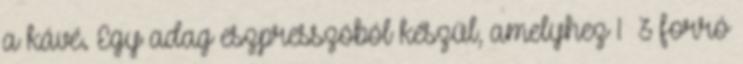
a kávé. Egy adag eszpresszóból készül, amelyhez 1 3 forró